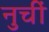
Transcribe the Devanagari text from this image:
नुचीं